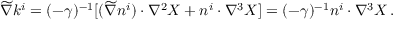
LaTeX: \widetilde \nabla k ^ { i } = ( - \gamma ) ^ { - 1 } [ ( \widetilde \nabla n ^ { i } ) \cdot \nabla ^ { 2 } X + n ^ { i } \cdot \nabla ^ { 3 } X ] = ( - \gamma ) ^ { - 1 } n ^ { i } \cdot \nabla ^ { 3 } X \, .